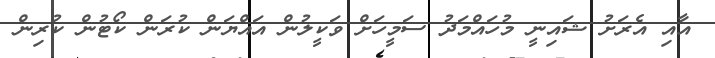
އާއި އެރަށު ޝައިނީ މުހައްމަދު ސަމީހަށް ވަކީލުން އައްޔަން ކުރަން ކޯޓުން ކުރިން